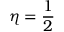
\eta = \frac { 1 } { 2 }